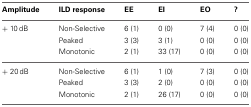
<table><thead><tr><td><b>Amplitude</b></td><td><b>ILD response</b></td><td><b>EE</b></td><td><b>EI</b></td><td><b>EO</b></td><td><b>?</b></td></tr></thead><tbody><tr><td>+ 10 dB</td><td>Non-Selective</td><td>6 (1)</td><td>0 (0)</td><td>7 (4)</td><td>0 (0)</td></tr><tr><td></td><td>Peaked</td><td>3 (3)</td><td>3 (1)</td><td>0 (0)</td><td>0 (0)</td></tr><tr><td></td><td>Monotonic</td><td>2 (1)</td><td>33 (17)</td><td>0 (0)</td><td>0 (0)</td></tr><tr><td>+ 20 dB</td><td>Non-Selective</td><td>6 (1)</td><td>1 (0)</td><td>7 (3)</td><td>0 (0)</td></tr><tr><td></td><td>Peaked</td><td>3 (3)</td><td>2 (0)</td><td>0 (0)</td><td>0 (0)</td></tr><tr><td></td><td>Monotonic</td><td>2 (1)</td><td>26 (17)</td><td>0 (0)</td><td>0 (0)</td></tr></tbody></table>